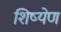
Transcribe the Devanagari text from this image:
शिष्येण